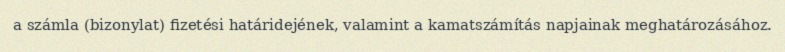
a számla (bizonylat) fizetési határidejének, valamint a kamatszámítás napjainak meghatározásához.